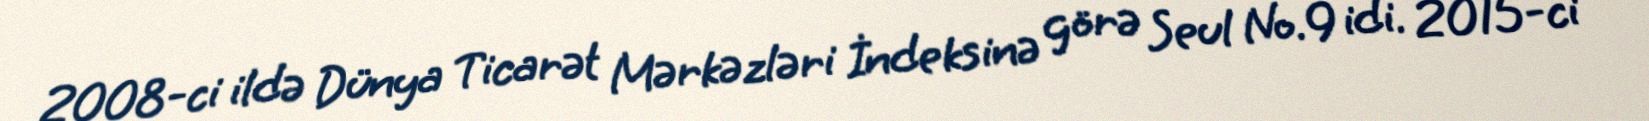
2008-ci ildə Dünya Ticarət Mərkəzləri İndeksinə görə Seul No.9 idi. 2015-ci